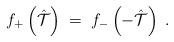
LaTeX: \begin{align*} f_{+}\left(\hat{\mathcal{T}}\right) \;=\; f_{-}\left( -\hat{\mathcal{T}}\right) \; .\end{align*}